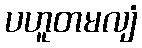
ပဟူတမလျံ